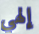
إلهي